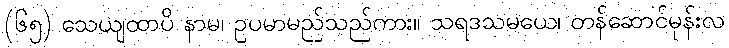
(၆၅) သေယျထာပိ နာမ၊ ဥပမာမည်သည်ကား။ သရဒသမယေ၊ တန်ဆောင်မုန်းလ